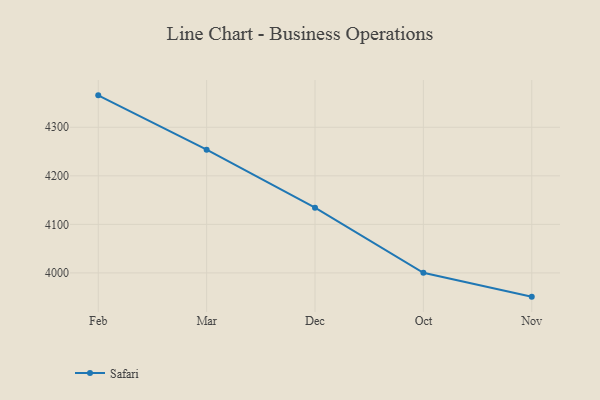
{"axis": {"x": "Month", "y": "Conversion Rate (%)"}, "legend": ["Safari"], "data": [{"x": "Feb", "y": 4365.7, "type": "Safari"}, {"x": "Mar", "y": 4253.7, "type": "Safari"}, {"x": "Dec", "y": 4134.4, "type": "Safari"}, {"x": "Oct", "y": 4000.2, "type": "Safari"}, {"x": "Nov", "y": 3951.1, "type": "Safari"}]}